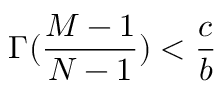
\Gamma ( \frac { M - 1 } { N - 1 } ) < \frac { c } { b }